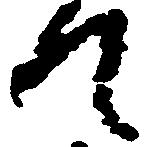
て